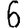
Digit: 6